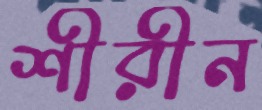
শীরীন